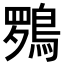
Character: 𮬽